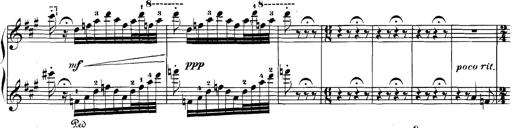
Title: Spinnerlied aus dem Fliegenden HollÃ¤nder
Composer: Franz Liszt